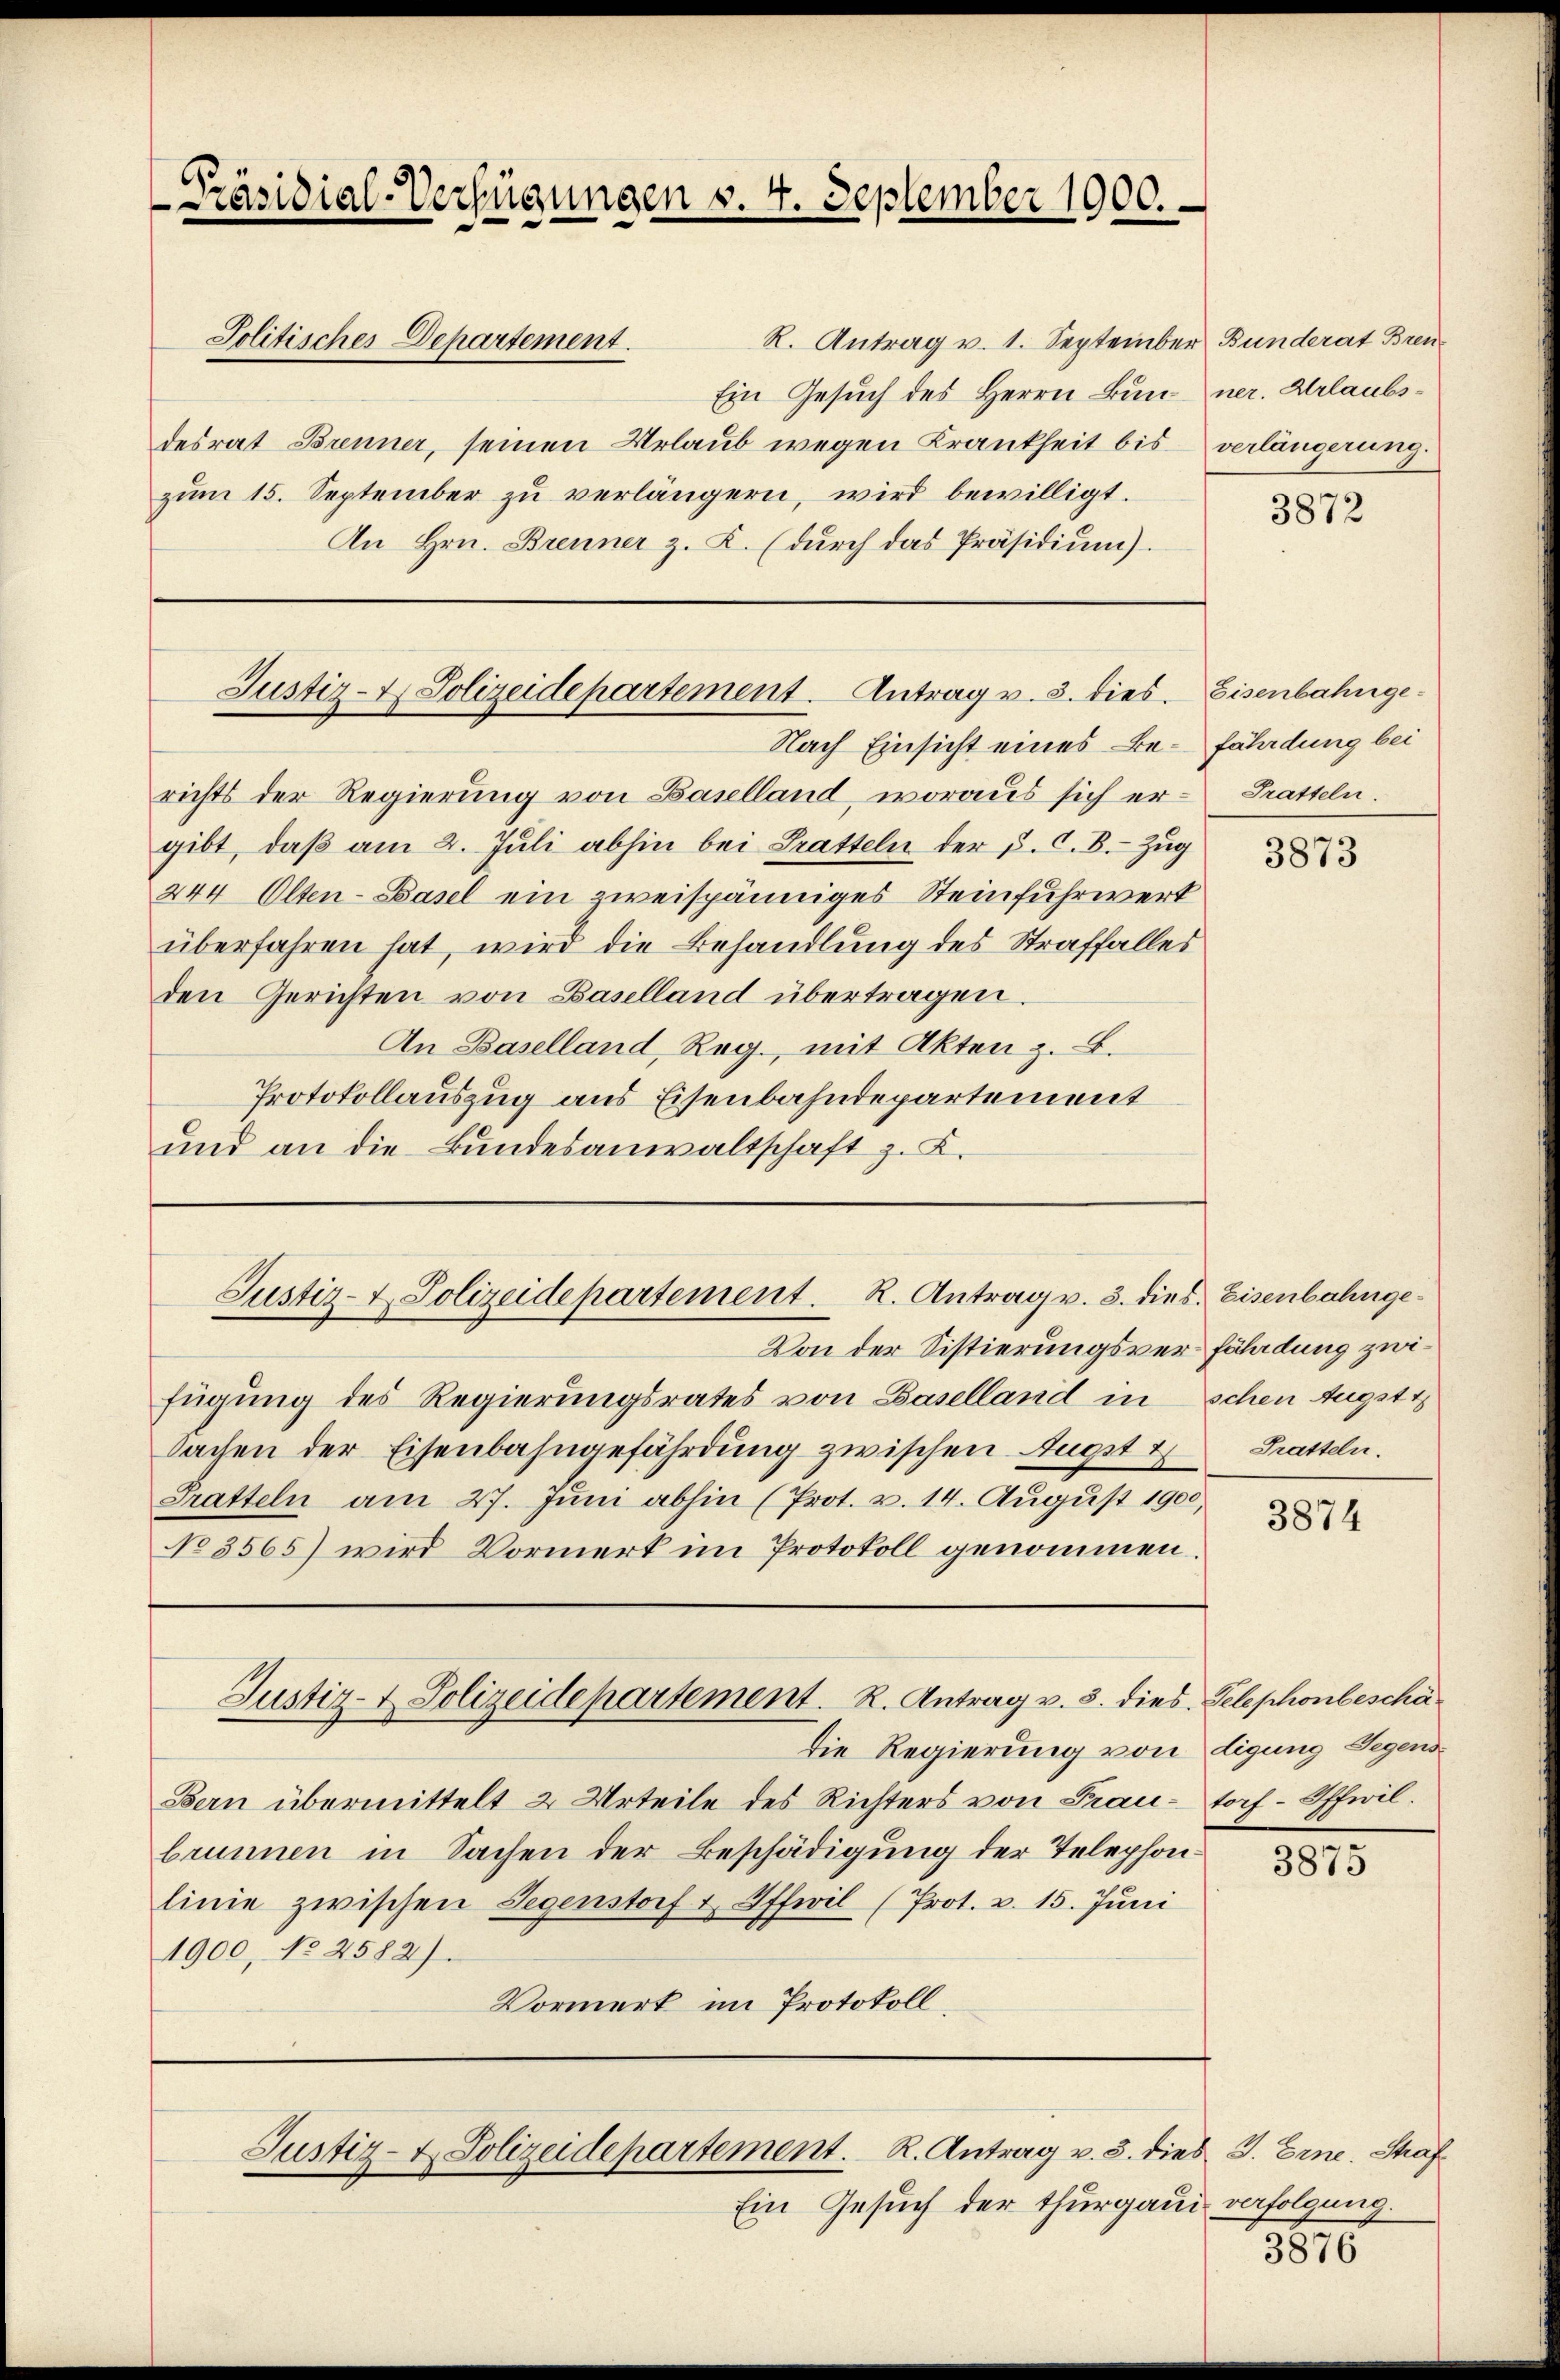
Ein Gesuch des Herrn Bun- ner. Urlaubsdesrat Brenner, seinen Urlaub wegen Krankheit bis verlängerung.
zŭm 15. September zŭ verlängern, wird bewilligt.
An Hrn. Brenner z. K. (durch das Präsidium).

Präsidial-Verfügungen v. 4. September 1900.
R. Antrag v. 1. September Bunderat Bren¬
Politisches Departement.

Justiz- & Polizeidepartement. Antrag v. 3. dies. Eisenbahnge¬

richts der Regierung von Baselland, woraus sich er-
gibt, daβ am 2. Jŭli abhin bei Pratteln der p. C. B. Zug
244 Olten-Basel ein zweispänniges Steinfuhrwert
überfahren hat, wird die Behandlung des Straffalles
den Gerichten von Baselland übertragen.
An Baselland, Reg., mit Akten z. B.
Protokollauszug aus Eisenbahndepartement
und an die Bundesanwaltschaft z. K.

Von der Sistierungsverfährdung zwifügung des Regierungsrates von Baselland in schen Augstt
Sachen der Eisenbahngefährdung zwischen Augst Tratteln.
Tratteln am 27. Jŭni abhin (Prot. v. 14. August 1900,
No 3565) wird Vormerk im Protokoll genommen.

Justiz- & Polizeidepartement. R. Antrag v. 3. dies. Eisenbahnge¬

die Regierung von digung Segens
Bern übermittelt 2 Urteile des Richters von Frau-torf-Offiril.
brunnen in Sachen der Beschädigung der Telephonlinie zwischen Gegenstorf & Affeil (Prot. v. 15. Juni
1900, No 2582).
Vormerk im Protokoll,

Justiz- & Polizeidepartement. R. Antrag v. 3. dies Telephonbeschä¬

Justiz- & Polizeidepartement. R. Antrag v. 3. dies J. Eine Straf

Nach Einsicht eines Be- fährdung bei

Ein Gesuch der Thurgau verfolgung.

3872

Pratteln.

3873

3874

3875

3876